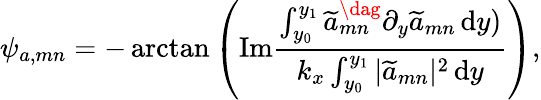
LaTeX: \psi_{a,mn}=-\arctan\left(\mathrm{Im}\frac{\int_{y_{0}}^{y_{1}}\widetilde{a}_{mn}^{\dag}\partial_{y}\widetilde{a}_{mn}{\, \mathrm{{d}}}y)}{k_{x}\int_{y_{0}}^{y_{1}}|\widetilde{a}_{mn}|^{2}{\, \mathrm{{d}}}y}\right),